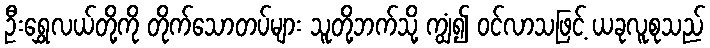
ဦးရွှေလယ်တို့ကို တိုက်သောတပ်များ သူတို့ဘက်သို့ ကျွံ၍ ဝင်လာသဖြင့် ယခုလူစုသည်